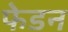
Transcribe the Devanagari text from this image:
फेडन